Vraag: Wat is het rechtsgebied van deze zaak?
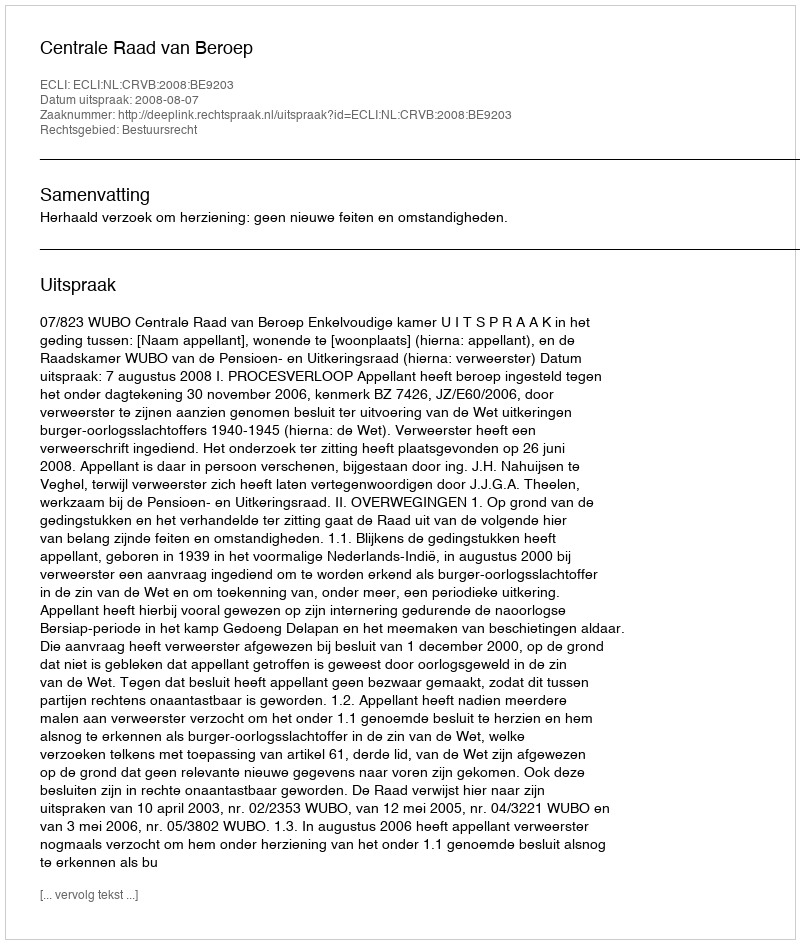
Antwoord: Bestuursrecht